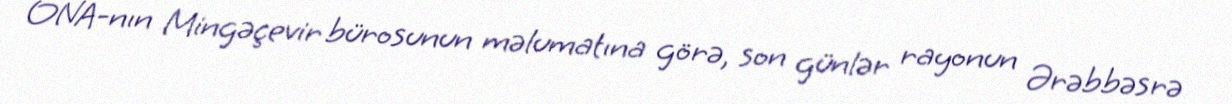
ONA-nın Mingəçevir bürosunun məlumatına görə, son günlər rayonun Ərəbbəsrə